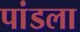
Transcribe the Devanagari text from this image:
पांडला